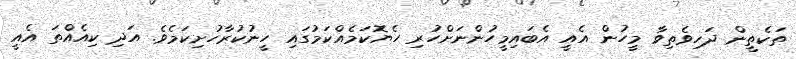
ތަކެތީން ދަހިވެތިވާ މީހުން އެއީ އެބައިމީހުންނަށްހުރި ހެޔޮކަމެއްކަމުގައި ހީނުކުރާހުށިކަމެވެ. އަދި ކިއެއްތަ އެއީ